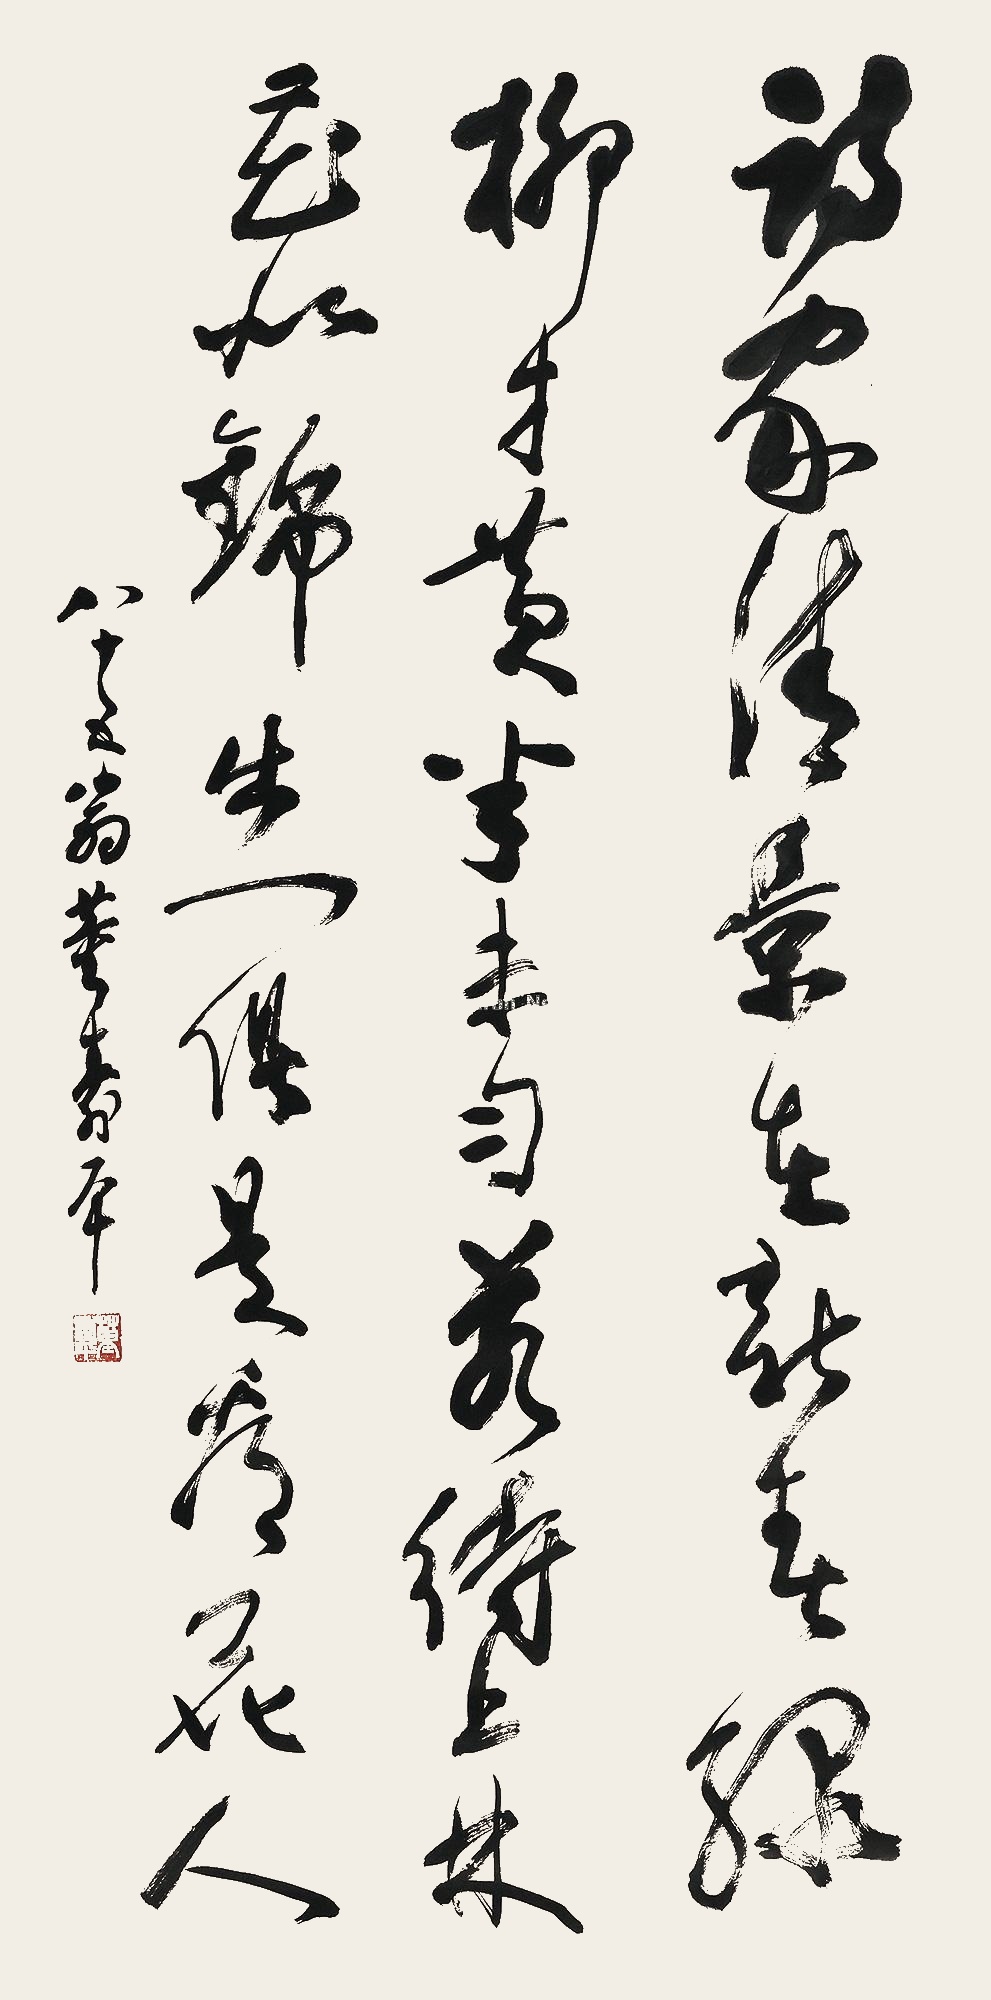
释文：诗家清景在新春，绿柳才半未匀。若待上林花似锦，出门俱是看花人。八十五翁董寿平。